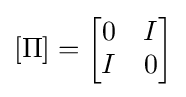
[\Pi ]={\begin{bmatrix}0&I\\I&0\end{bmatrix}}